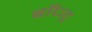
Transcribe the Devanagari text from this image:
बाँधहु